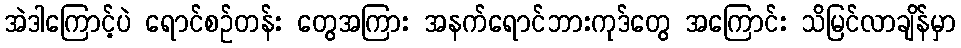
အဲဒါကြောင့်ပဲ ရောင်စဉ်တန်း တွေအကြား အနက်ရောင်ဘားကုဒ်တွေ အကြောင်း သိမြင်လာချိန်မှာ